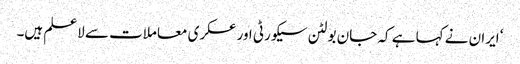
‘ ایران نے کہا ہے کہ جان بولٹن سیکورٹی اور عسکری معاملات سے لاعلم ہیں۔